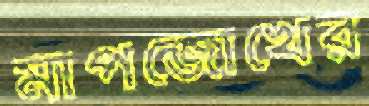
মাপজোখের